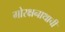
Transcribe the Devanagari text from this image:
गोरक्षनाथाची